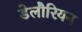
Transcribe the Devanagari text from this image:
डेलौरियन